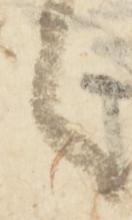
之